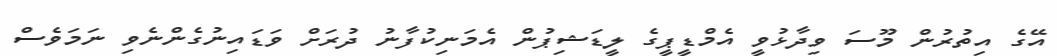
އޭގެ އިތުރުން މޫސަ ވިދާޅުވީ އެމްޑީޕީގެ ލީޑަޝިޕުން އެމަނިކުފާނު ދުރަށް ވަޑައިނުގެންނެވި ނަމަވެސް